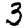
Digit: 3